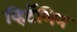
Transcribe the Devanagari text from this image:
व्हिटॅमिन